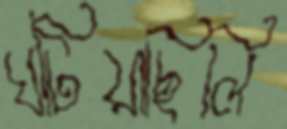
ঘটিয়াছিলি